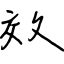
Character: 效